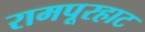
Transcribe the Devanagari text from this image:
रामपूरहाट